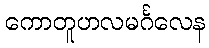
ကောတူဟလမင်္ဂလေန